Vaccination report Assam 1874-1896 - 1874-1896
Year: 1874
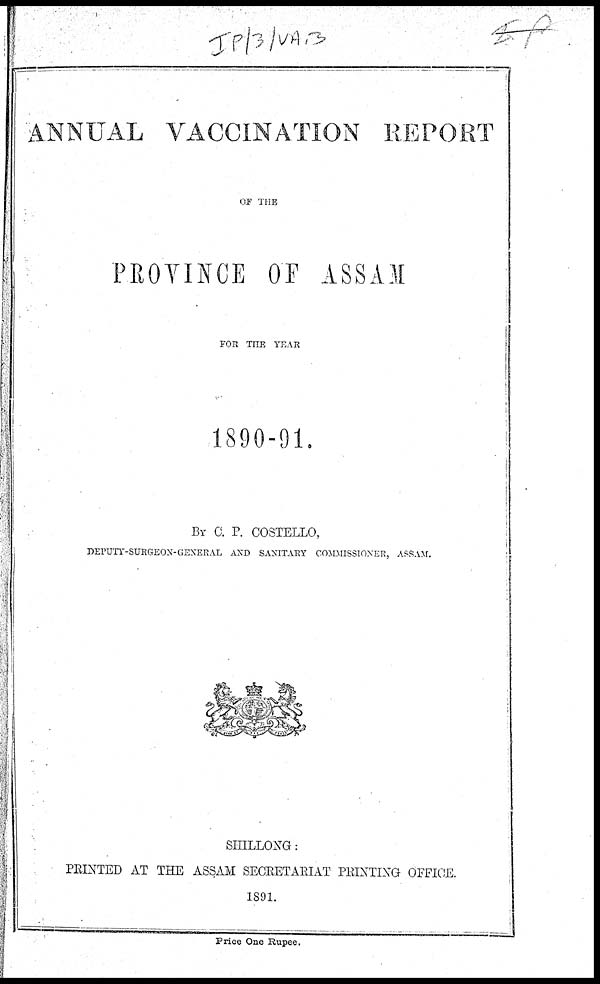
ANNUAL VACCINATION REPORT
OF THE
PROVINCE OF ASSAM
FOR THE YEAR
1890-91.
BY O. P. COSTELLO,
DEPUTY-SURGEON-GENERAL AND SANITARY COMMISSIONER, ASSAM.
SHILLONG:
PRINTED AT THE ASSAM SECRETARIAT PRINTING OFFICE.
1891.
Price One Rupee.